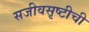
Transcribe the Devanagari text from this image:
सजीवसृष्टीची